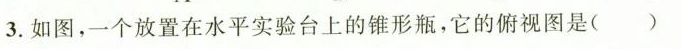
3.如图，一个放置在水平实验台上的锥形瓶，它的俯视图是()